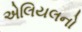
એલિયલનો